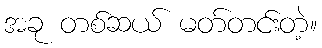
အခု တစ်ဆယ် မတ်တင်းတဲ့။